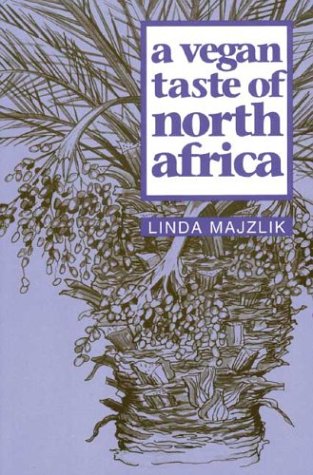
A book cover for A Vegan Taste of North Africa (Vegan Cookbooks); Linda Majzlik; Health, Fitness & Dieting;